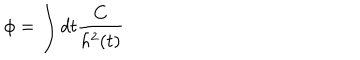
LaTeX: \phi { } = \int { } d t \frac { C } { h ^ { 2 } ( t ) }